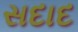
સદાદ